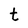
Character: t